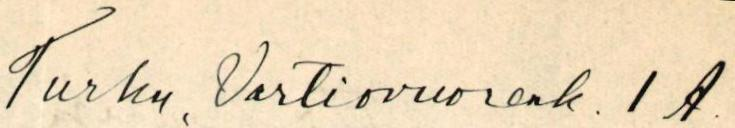
Turku, Vartiovuorenk. 1 A.